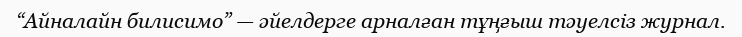
“Айналайн билисимо” — әйелдерге арналған тұңғыш тәуелсіз журнал.